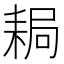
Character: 䎤